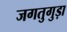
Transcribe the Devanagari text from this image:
जगतुगुड़ा